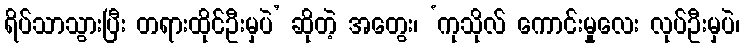
ရိပ်သာသွားပြီး တရားထိုင်ဦးမှပဲ’ ဆိုတဲ့ အတွေး၊ ‘ကုသိုလ် ကောင်းမှုလေး လုပ်ဦးမှပဲ၊